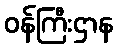
ဝန်ကြီးဌာန